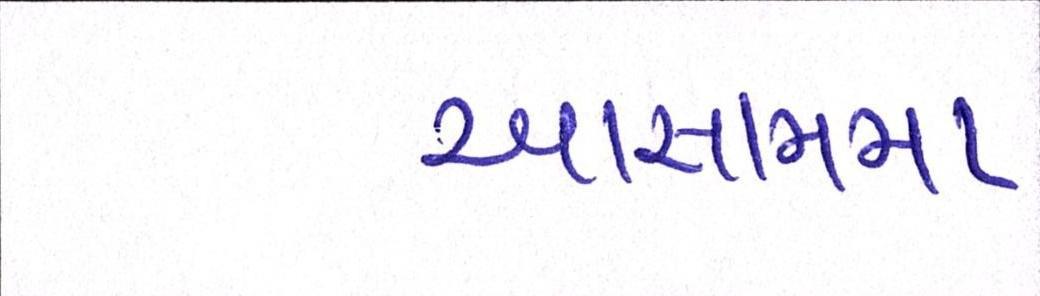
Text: આસામમા